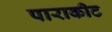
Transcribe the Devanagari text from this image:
पाराकीट